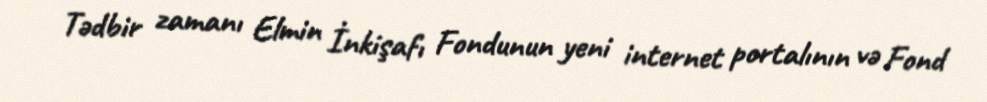
Tədbir zamanı Elmin İnkişafı Fondunun yeni internet portalının və Fond